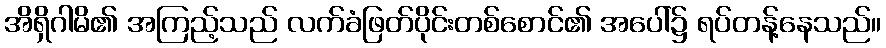
အိရှိဂါမိ၏ အကြည့်သည် လက်ခံဖြတ်ပိုင်းတစ်စောင်၏ အပေါ်၌ ရပ်တန့်နေသည်။